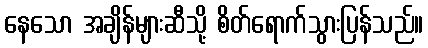
နေသော အချိန်များဆီသို့ စိတ်ရောက်သွားပြန်သည်။